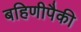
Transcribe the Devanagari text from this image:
बहिणीपैकी